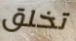
تخلق